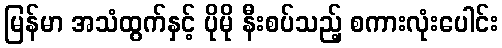
မြန်မာ အသံထွက်နှင့် ပိုမို နီးစပ်သည့် စကားလုံးပေါင်း